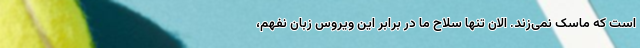
است که ماسک نمی‌زند. الان تنها سلاح ما در برابر این ویروس زبان نفهم،